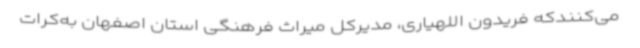
می‌کنندکه فریدون اللهیاری، مدیرکل میراث فرهنگی استان اصفهان به‌کرات